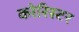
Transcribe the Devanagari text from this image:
कोरिस्टर